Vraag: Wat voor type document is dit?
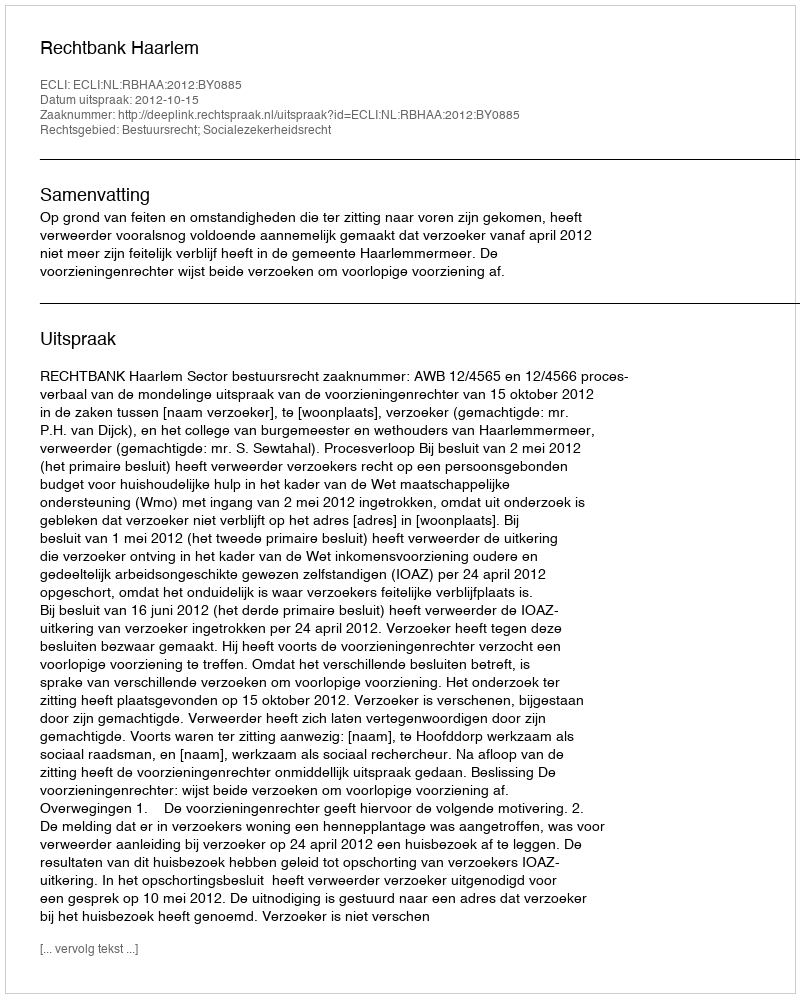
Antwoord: Uitspraak